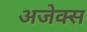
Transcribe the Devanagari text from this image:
अजेक्स